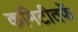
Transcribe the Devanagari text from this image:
कमिटीतर्फे